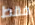
فقط